Kassari_(Keina)_vallavalitsus, lk 75
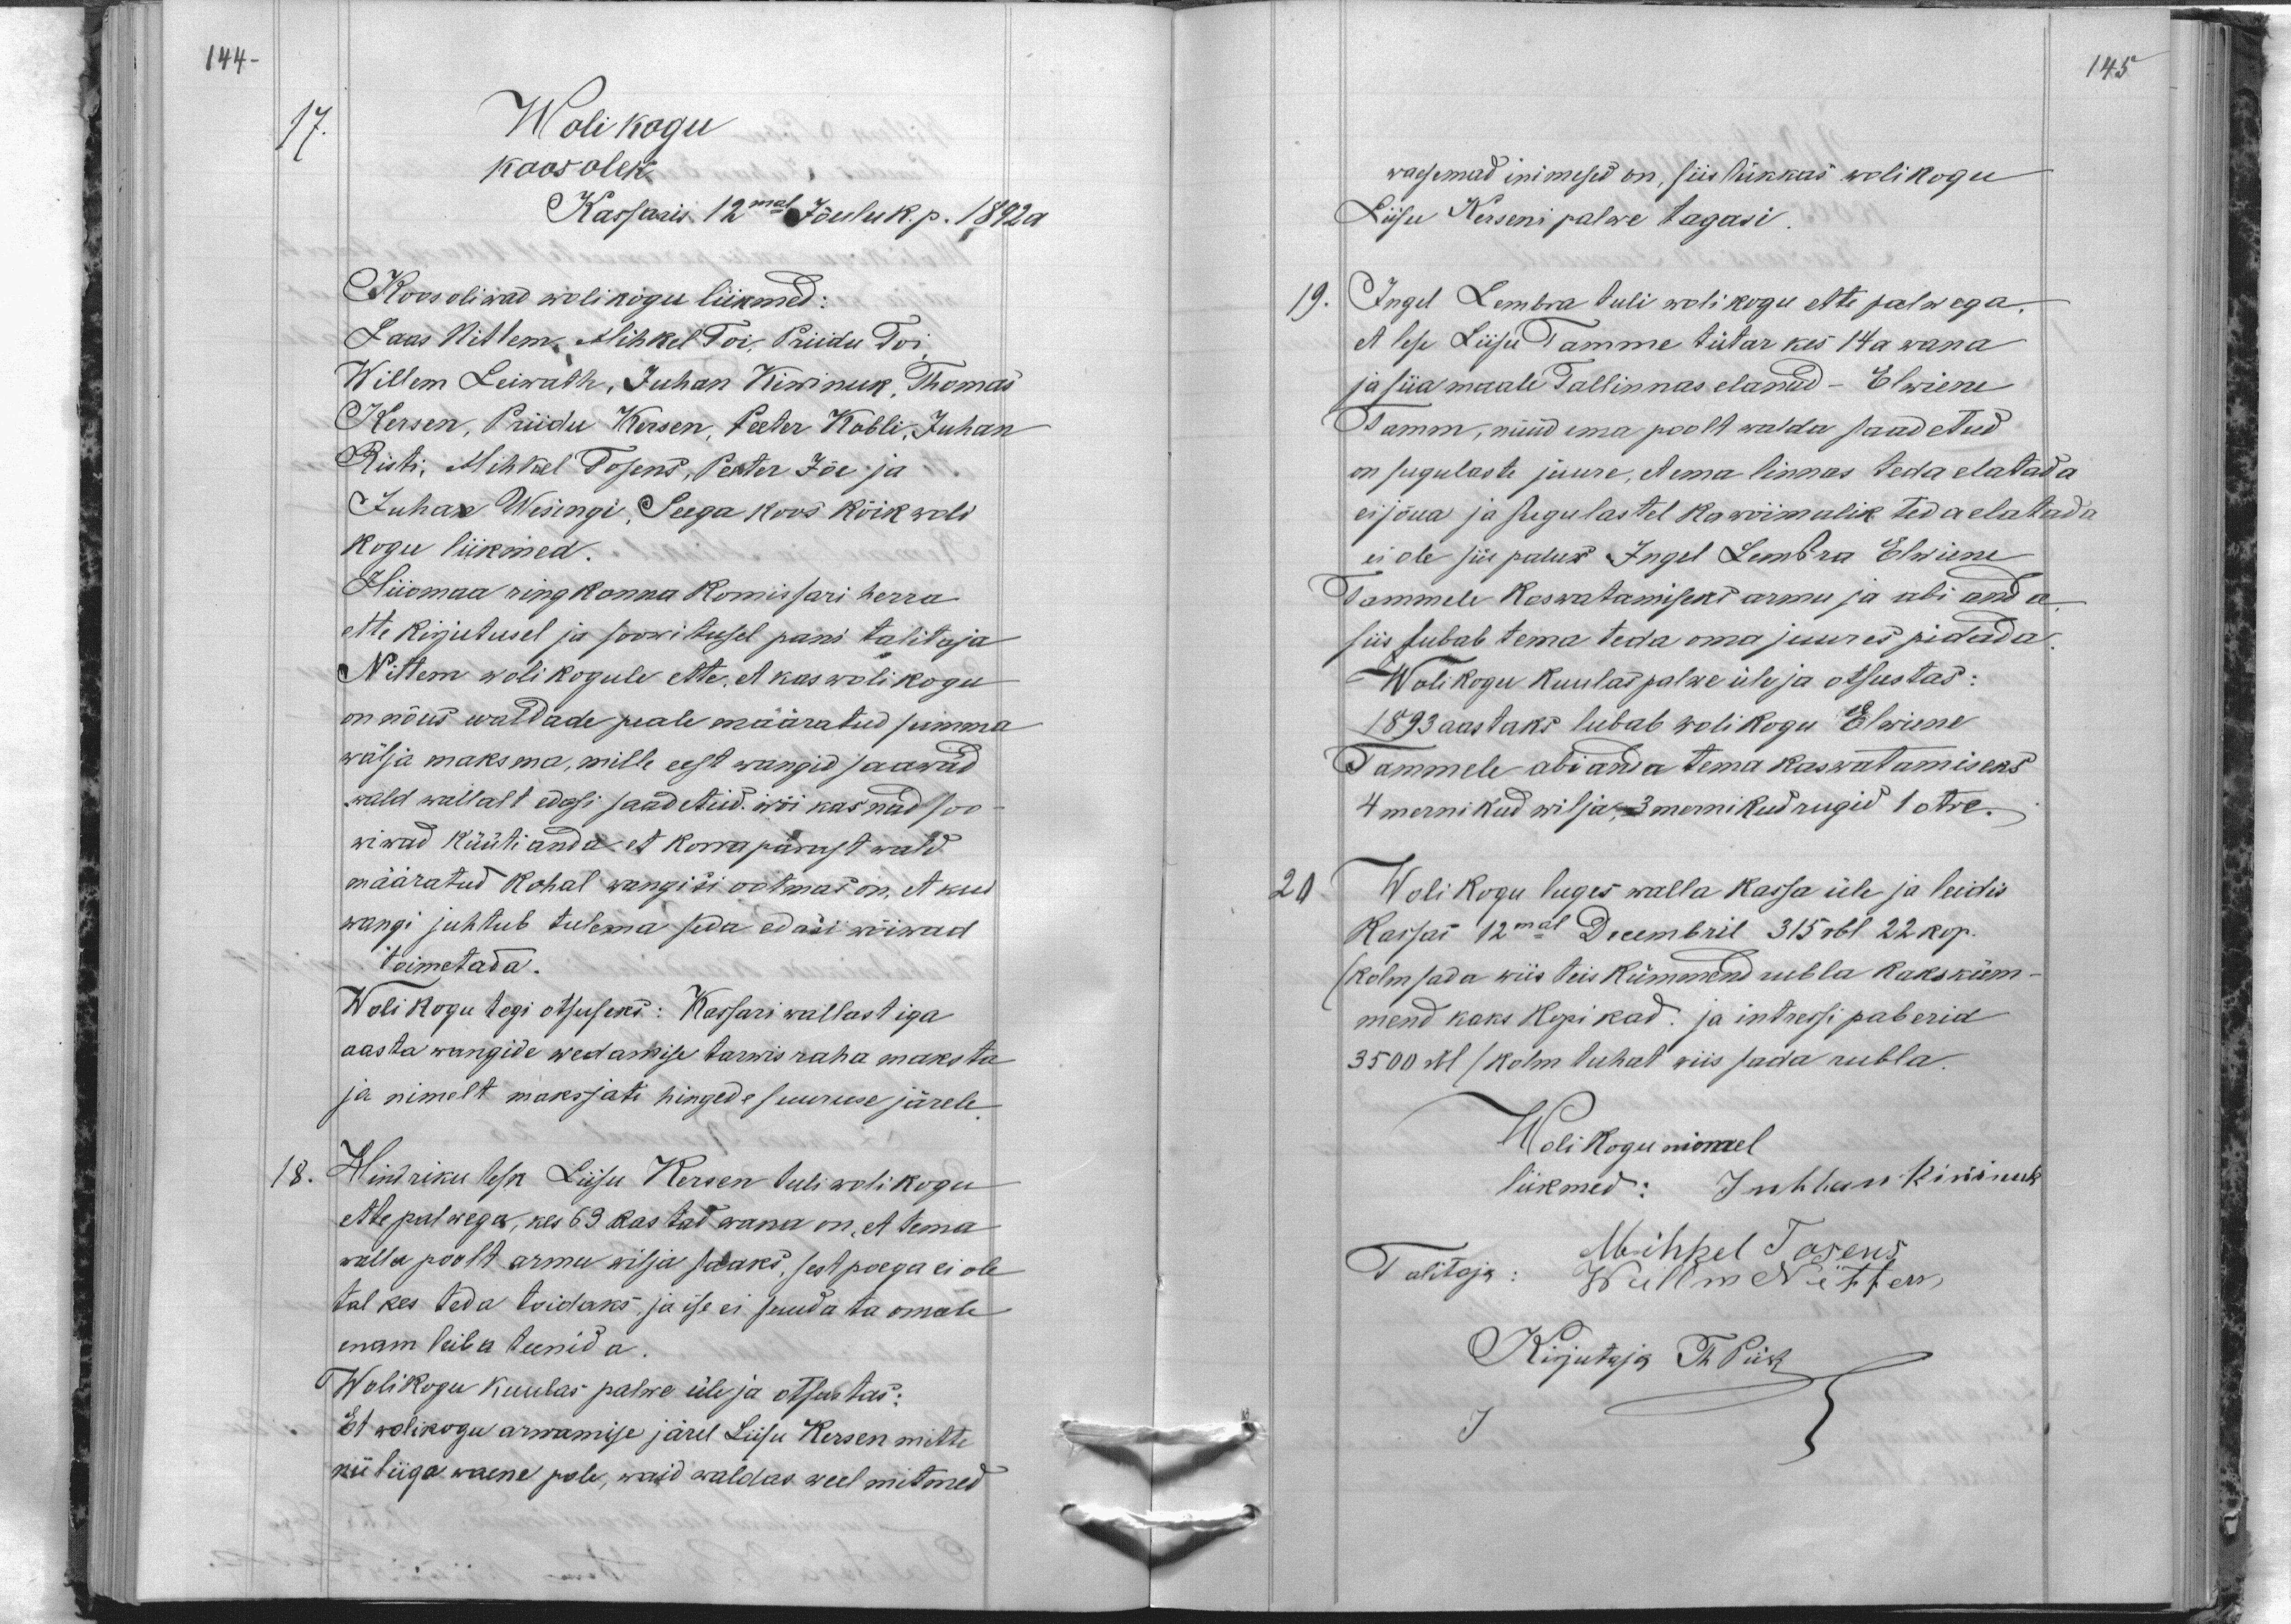
144
17.
Wolikogu
koosolek
Kassaris 12mal Jõulu k. p. 1892 a
Koos oliwad wolikogu liikmed:
Laas Nittem, Mihkel Toi, Priidu Toi
Willem Leiwath, Juhan Kiwinuk, Thomas
Kersen, Priidu Kersen, Peeter Kobli, Juhan
Risti, Mihkel Tosens, Peeter Jõe ja
Juhan Wesingi. Seega koos kõik woli
kogu liikmed.
Hiiomaa ringkonna Komissari herra
ette kirjutusel ja soowitusel pani talitaja
Nittem woli kogule ette. et kas wolikogu
on nõus waldade peale määratud summa
wälja maksma, mille eest wangid saawad
wald wallalt edasi saadetud. wõi kas nad soo-
wiwad küüti anda et korrapärast wald
määratud kohal wangisi ootmas on, et kui
wangi juhtub tulema seda edasi wõiwad
toimetada.
Wolikogu tegi otsuseks: Kassari wallast iga
aasta wangide wedamise tarwis raha maksta
ja nimelt maksjate hingede suuruse järele.
18.
Hindriku lesk Liisu Kersen tuli wolikogu
ette palwega, kes 69 aastad wana on, et tema
walla poolt armu wilja saaks, sest poega ei ole
tal kes teda toidaks, ja ise ei suuda ta omale
enam leiba teenida.
Wolikogu kuulas palwe üle ja otsustas:
Et wolikogu arwamise järel Liisu Kersen mitte
nii liiga waene pole, waid waldas weel mitmed

145
waesemad inimesed on, siis lükkas wolikogu
Liisu Kerseni palwe tagasi
19.
Ingel Lembra tuli wolikogu ette palwega.
et lese Liisu Tamme tütar kes 14 a wana
ja siia maale Tallinnas elanud - Elwiene
Tamm, nüüd ema poolt walda saadetud
on sugulaste juure, et ema linnas teda elatada
ei jõua ja sugulastel ka wõimalik teda elatada
ei ole siis palus Ingel Lembra Elwiene
Tammele kaswatamiseks armu ja abi anda
siis jubab tema teda oma juures pidada
Wolikogu kuulas palwe üle ja otsustas:
1893 aastaks lubab wolikogu Elwiene
Tammele abi anda tema kaswatamiseks
4 mernikud wilja, 3 mernik rugid 1 otre
20
Woli kogu luges walla kassa üle ja leidis
kassas 12mal Decembril 315 rbl 22 kop.
kolmsada wiis teis kümmend rubla kaksküm-
mend kaks kopikad ja intressi paberid
3500 rbl / kolm tuhat wiis sada rubla.
Wolikogu nimel
liikmed: Juhhan Kiwinuk
Talitaja: Willem Nittem
Mihkel Tosens
Kirjutaja Th Piik